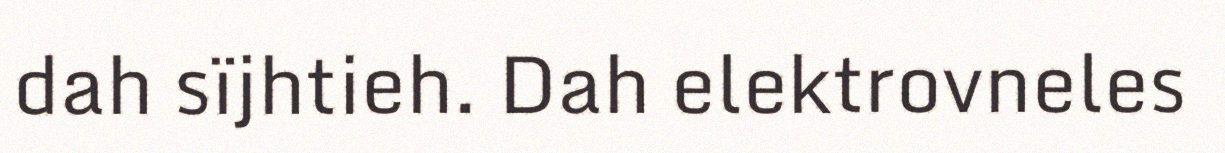
dah sïjhtieh. Dah elektrovneles